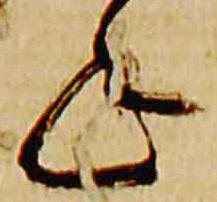
年